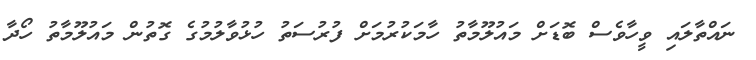
ނައްތާލައި ވީހާވެސް ބޮޑަށް މައުލޫމާތު ހާމަކުރުމަށް ފުރުސަތު ހުޅުވާލުމުގެ ގޮތުން މައުލޫމާތު ހޯދާ